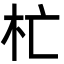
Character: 杧